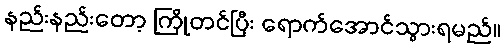
နည်းနည်းတော့ ကြိုတင်ပြီး ရောက်အောင်သွားရမည်။